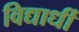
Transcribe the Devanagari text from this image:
विद्यार्धी